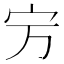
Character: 𡧊